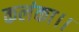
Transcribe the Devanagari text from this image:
कलंका।।